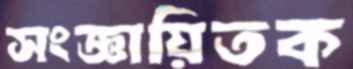
সংজ্ঞায়িতক